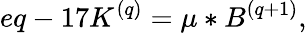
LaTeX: eq-17K^{(q)}=\mu\ast B^{(q+1)},